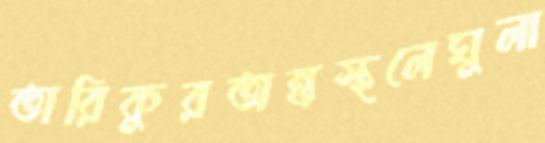
তারিকুরঅন্তস্থলেঘুলা